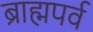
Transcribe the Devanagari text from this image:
ब्राह्मपर्व